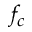
f _ { c }